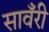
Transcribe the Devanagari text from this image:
सावँरी